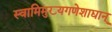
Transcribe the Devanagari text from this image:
स्वामिमुख्यगणेशाद्यान्